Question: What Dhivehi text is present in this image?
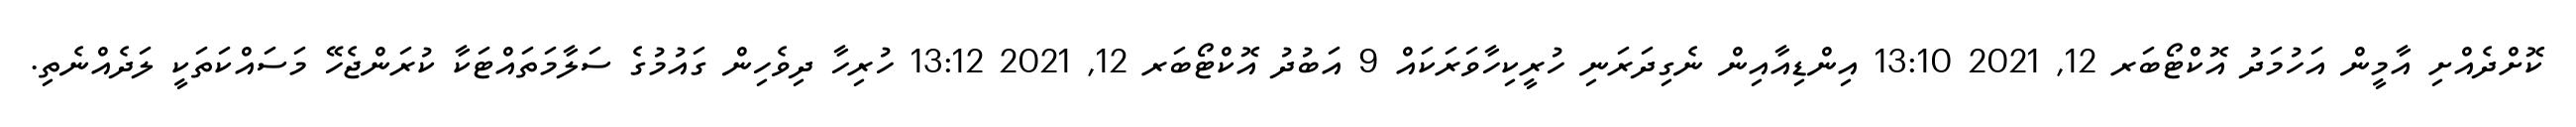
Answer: ކޮށްދެއްށި އާމީން އަހުމަދު އޮކްޓޯބަރ 12, 2021 13:10 އިންޑިއާއިން ނެގިދަރަނި ހުރީކިހާވަރަކައް 9 އަބުދު އޮކްޓޯބަރ 12, 2021 13:12 ހުރިހާ ދިވެހިން ގައުމުގެ ސަލާމަތައްޓަކާ ކުރަންޖެހޭ މަސައްކަތަކީ ލަދެއްނެތި.